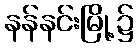
နန်နင်းမြို့၌